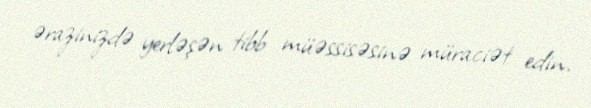
ərazinizdə yerləşən tibb müəssisəsinə müraciət edin.